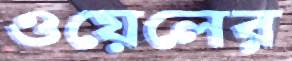
ওয়েলের